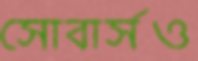
সোবার্সও